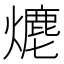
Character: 𤏶